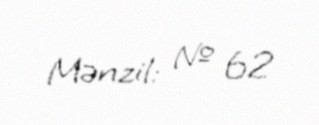
Mənzil: № 62